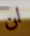
ان